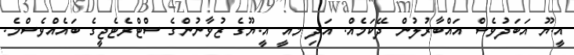
އީ.ޔޫ އަބަދުވެސް އައްބާރުލުން ދޭކަމެއް. އަދި މއީ އީ.ޔޫގެ ޒުވާނުންގެ ސްޓްރެޓެޖީގެ ބައެއްވެސްމެ.